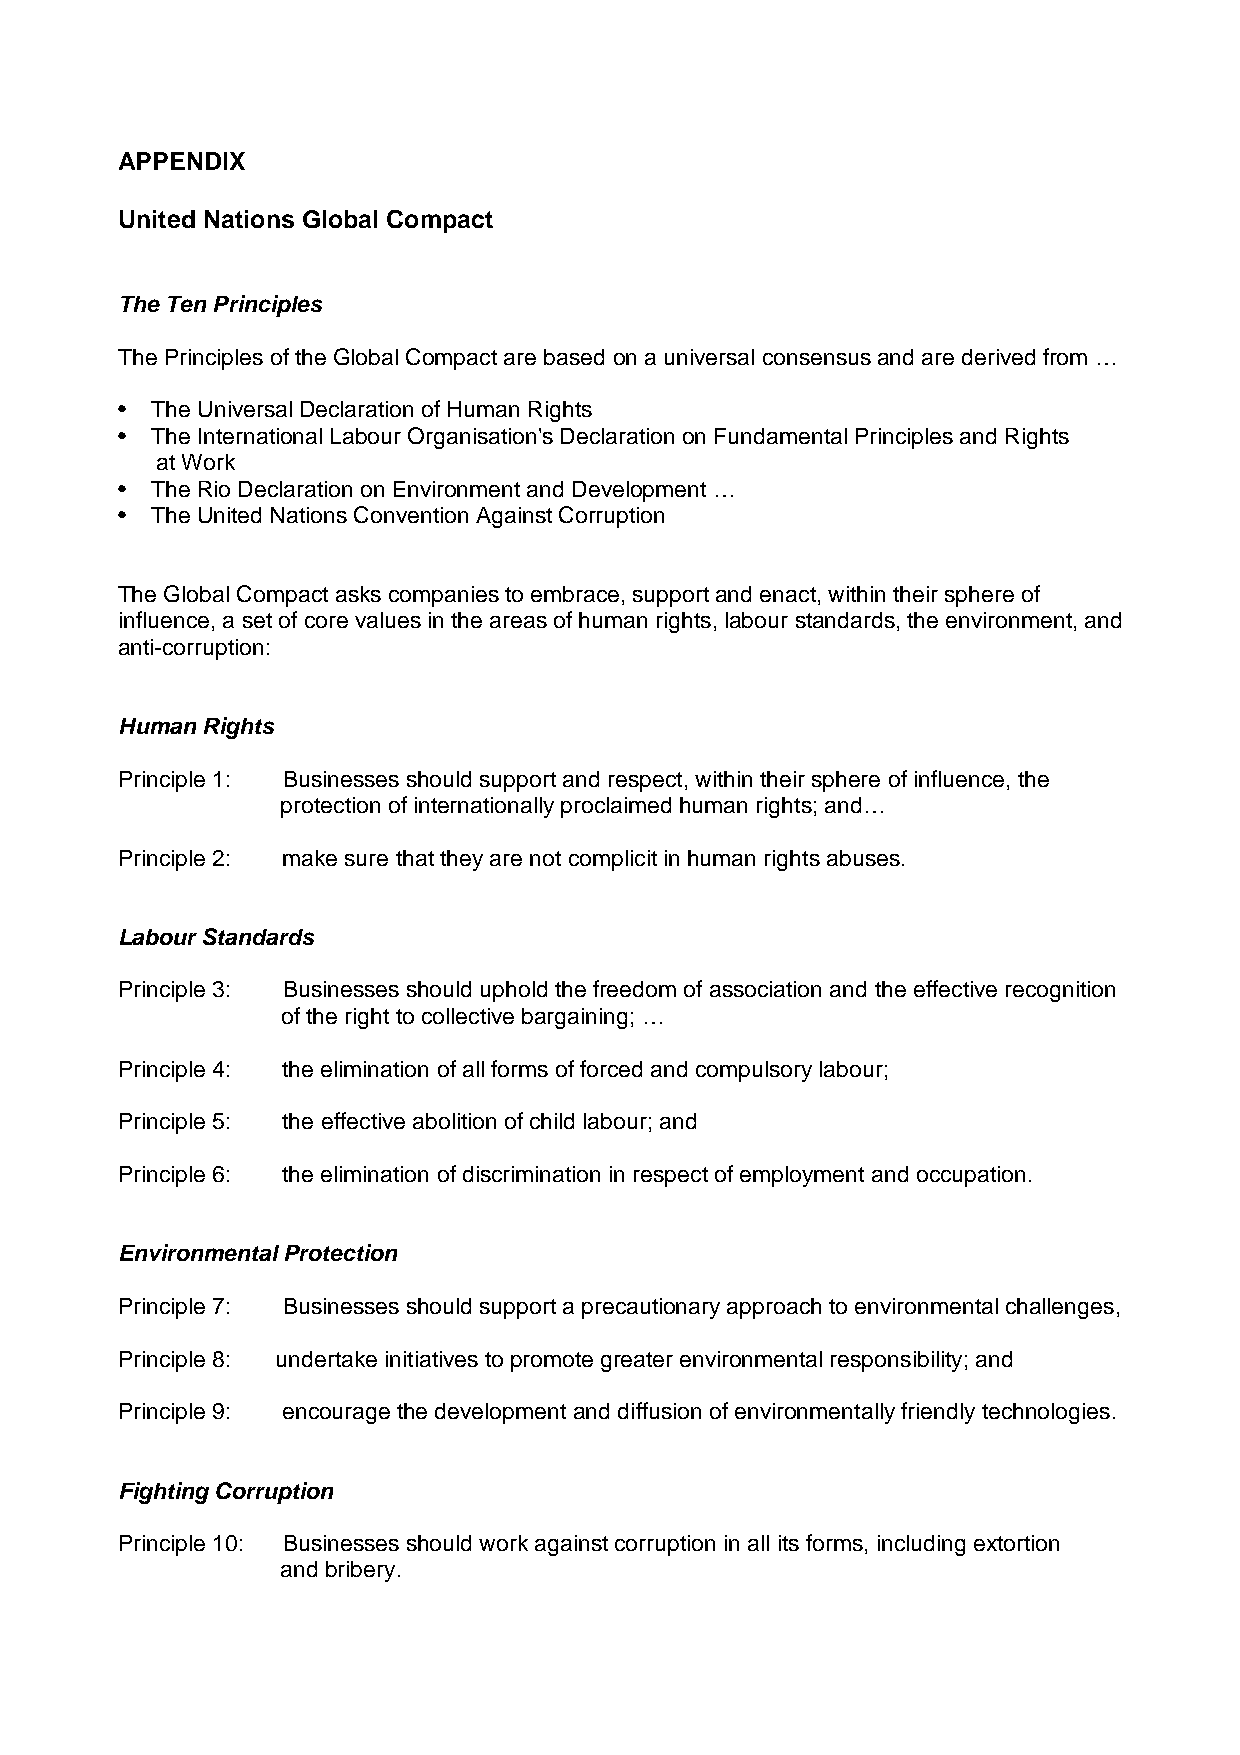
APPENDIX
 United Nations Global Compact
 The Ten Principles
 The Principles of the Global Compact are based on a universal consensus and are derived from …
 • The Universal Declaration of Human Rights
 • The International Labour Organisation's Declaration on Fundamental Principles and Rights
 at Work
 • The Rio Declaration on Environment and Development …
 • The United Nations Convention Against Corruption
 The Global Compact asks companies to embrace, support and enact, within their sphere of
 influence, a set of core values in the areas of human rights, labour standards, the environment, and
 anti-corruption:
 Human Rights
 Principle 1: Businesses should support and respect, within their sphere of influence, the
 protection of internationally proclaimed human rights; and…
 Principle 2: make sure that they are not complicit in human rights abuses.
 Labour Standards
 Principle 3: Businesses should uphold the freedom of association and the effective recognition
 of the right to collective bargaining; …
 Principle 4: the elimination of all forms of forced and compulsory labour;
 Principle 5: the effective abolition of child labour; and
 Principle 6: the elimination of discrimination in respect of employment and occupation.
 Environmental Protection
 Principle 7: Businesses should support a precautionary approach to environmental challenges,
 Principle 8: undertake initiatives to promote greater environmental responsibility; and
 Principle 9: encourage the development and diffusion of environmentally friendly technologies.
 Fighting Corruption
 Principle 10: Businesses should work against corruption in all its forms, including extortion
 and bribery.